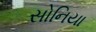
સોનિયા